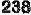
238